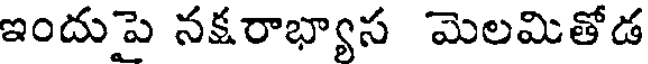
ఇందుపె నక్షరాభ్యాస మెలమితోడ